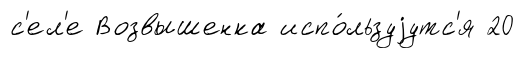
с'ел'е Возвышенка испо́льзуjутс'я 20